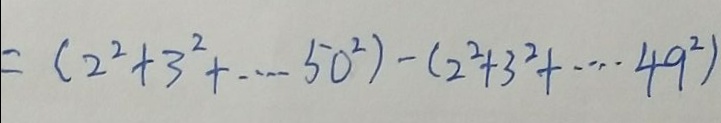
= ( 2 ^ { 2 } + 3 ^ { 2 } + \cdots + 5 0 ^ { 2 } ) - ( 2 ^ { 2 } + 3 ^ { 2 } + \cdots + 4 9 ^ { 2 } )